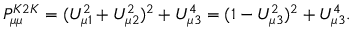
P _ { \mu \mu } ^ { K 2 K } = ( U _ { \mu 1 } ^ { 2 } + U _ { \mu 2 } ^ { 2 } ) ^ { 2 } + U _ { \mu 3 } ^ { 4 } = ( 1 - U _ { \mu 3 } ^ { 2 } ) ^ { 2 } + U _ { \mu 3 } ^ { 4 } .